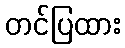
တင်ပြထား